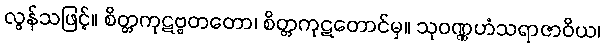
လွန်သဖြင့်။ စိတ္တကုဋဗ္ဗတတော၊ စိတ္တကုဋတောင်မှ။ သုဝဏ္ဏဟံသရာဇာဝိယ၊